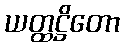
ယတ္ထဋ္ဌိတော